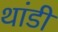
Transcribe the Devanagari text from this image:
थांडी